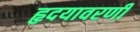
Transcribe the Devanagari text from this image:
हृदयावरणी